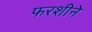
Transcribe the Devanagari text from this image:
फरशीने